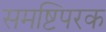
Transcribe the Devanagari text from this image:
समष्टिपरक